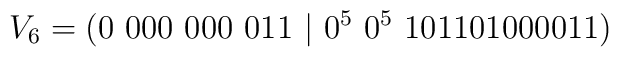
V_6=(0\ 000\ 000\ 011\ |\ 0^5\ 0^5\ 101101000011)